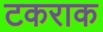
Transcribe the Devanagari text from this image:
टकराक